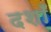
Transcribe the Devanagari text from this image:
दशाँ